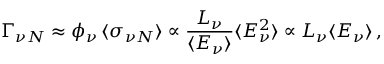
\Gamma _ { \nu N } \approx \phi _ { \nu } \, \langle \sigma _ { \nu N } \rangle \propto { \frac { L _ { \nu } } { \langle E _ { \nu } \rangle } } \langle E _ { \nu } ^ { 2 } \rangle \propto L _ { \nu } \langle E _ { \nu } \rangle \, ,